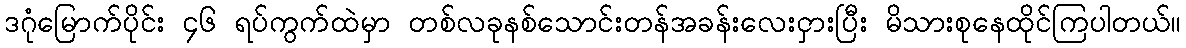
ဒဂုံမြောက်ပိုင်း ၄၆ ရပ်ကွက်ထဲမှာ တစ်လခုနစ်သောင်းတန်အခန်းလေးငှားပြီး မိသားစုနေထိုင်ကြပါတယ်။